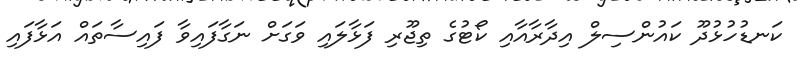
ކަނޑުހުޅުދޫ ކައުންސިލް އިދާރާއާއި ކޯޓުގެ ތިޖޫރި ފަޅާލައި ވަގަށް ނަގާފައިވާ ފައިސާތައް އަޅާފައި